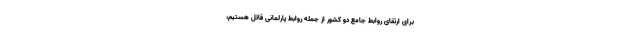
برای ارتقای روابط جامع دو کشور از جمله روابط پارلمانی قائل هستیم،